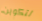
لتكوين